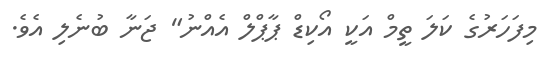
މިފަހަރުގެ ކަލަ ތީމް އަކީ އޯކިޑް ޕާޕްލް އެއްނު" ޖަނާ ބުނެލި އެވެ.